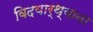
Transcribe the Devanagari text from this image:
विदयार्थ्याना